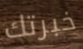
خبرتك